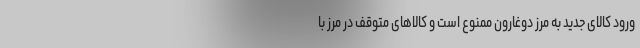
ورود کالای جدید به مرز دوغارون ممنوع است و کالاهای متوقف در مرز با